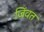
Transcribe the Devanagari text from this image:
जिंवत